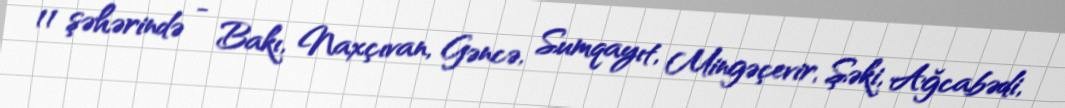
11 şəhərində - Bakı, Naxçıvan, Gəncə, Sumqayıt, Mingəçevir, Şəki, Ağcabədi,